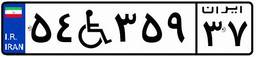
۵۴W۳۵۹۳۷